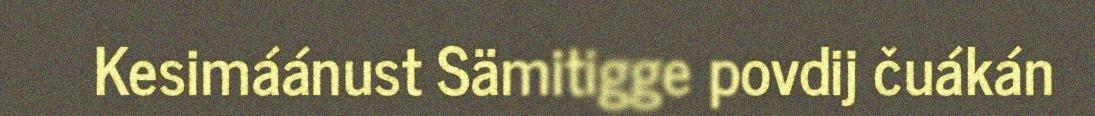
Kesimáánust Sämitigge povdij čuákán